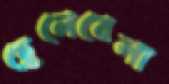
ছেলেবেলা